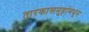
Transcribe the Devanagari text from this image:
तारकासमूहांमधून